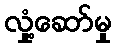
လှုံ့ဆော်မှု